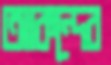
আকন্দের